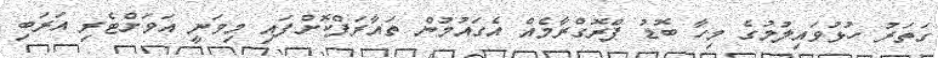
ގަތަރު ހުޅުވައިލުމުގެ މިހާ ބޮޑު ޕްްރޮގްރާމެއް އެގައުމުން ތައާރަފްކޮށްފައި މިވަނީ އަވަށްޓެރި އަރަބި